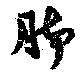
脚